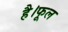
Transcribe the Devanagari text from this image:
है।फूल